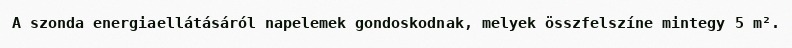
A szonda energiaellátásáról napelemek gondoskodnak, melyek összfelszíne mintegy 5 m².